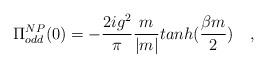
LaTeX: \begin{align*}\Pi_{odd}^{NP}(0) =-\frac {2ig^2}{\pi}\frac {m}{|m|}tanh(\frac {\beta m}{2}) ~~~,\end{align*}